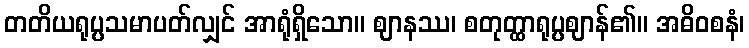
တတိယရုပ္ပသမာပတ်လျှင် အာရုံရှိသော။ ဈာနဿ၊ စတုတ္ထာရုပ္ပဈာန်၏။ အဓိဝစနံ၊